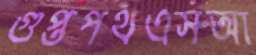
গুপ্তপথএসআ